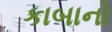
કાબાનો